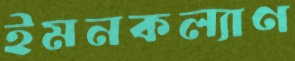
ইমনকল্যাণ